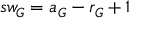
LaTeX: s w _ { G } = a _ { G } - r _ { G } + 1